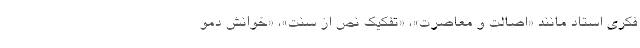
فکری استاد مانند «اصالت و معاصرت»، «تفکیک نصّ از سنت»، «خوانش دمو